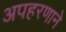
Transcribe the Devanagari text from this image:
अपहरणाने